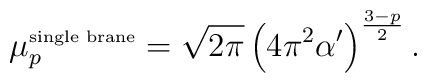
\mu_p ^{\mbox{\tiny single brane}} = \sqrt{2\pi} \left( 4\pi^2  \alpha^\prime\right)^{\frac{3-p}{2}} .